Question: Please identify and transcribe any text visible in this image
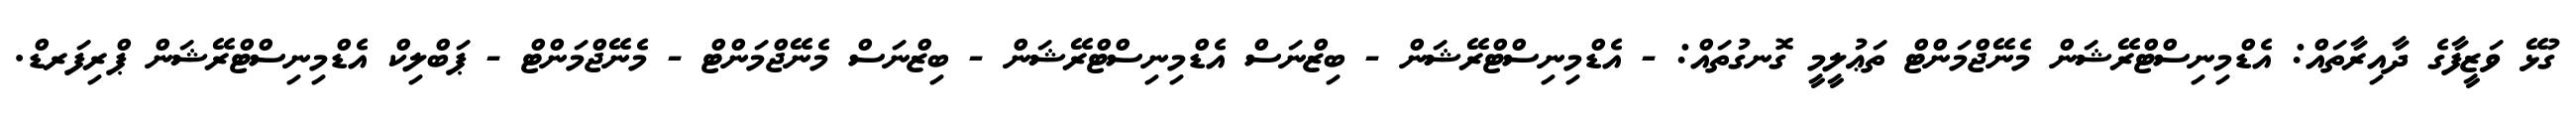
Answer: ގުޅޭ ވަޒީފާގެ ދާއިރާތައް: އެޑްމިނިސްޓްރޭޝަން މެނޭޖްމަންޓް ތަޢުލީމީ ގޮނގުތައް: - އެޑްމިނިސްޓްރޭޝަން - ބިޒްނަސް އެޑްމިނިސްޓްރޭޝަން - ބިޒްނަސް މެނޭޖްމަންޓް - މެނޭޖްމަންޓް - ޕަބްލިކް އެޑްމިނިސްޓްރޭޝަން ޕްރިފަރޑް.